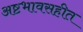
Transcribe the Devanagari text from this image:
अष्टभावसहीत